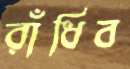
রাঁধিব